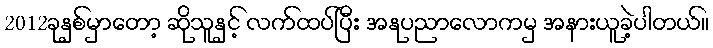
2012ခုနှစ်မှာတော့ ဆိုသူနှင့် လက်ထပ်ပြီး အနုပညာလောကမှ အနားယူခဲ့ပါတယ်။